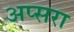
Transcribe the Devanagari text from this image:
अप्‍सरा